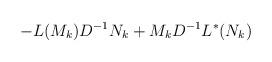
LaTeX: \begin{align*}- L (M_k) D^{-1} N_k + M_k D^{-1} L^{\ast}(N_k)\end{align*}